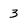
Character: 3